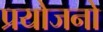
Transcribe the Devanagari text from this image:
प्रयोजनो